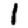
Digit: 1